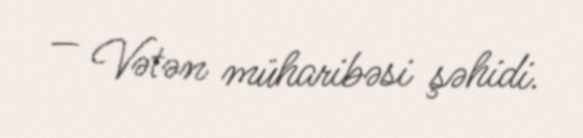
— Vətən müharibəsi şəhidi.